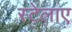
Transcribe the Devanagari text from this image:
स्टेलाए